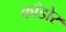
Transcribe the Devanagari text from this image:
काँडोर